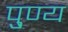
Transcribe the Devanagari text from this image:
पु्ण्य